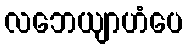
လဘေယျာဟံပေ